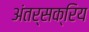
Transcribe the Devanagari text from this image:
अंतर्सक्रिय